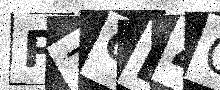
Text: P7QB4Q